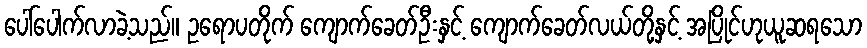
ပေါ်ပေါက်လာခဲ့သည်။ ဥရောပတိုက် ကျောက်ခေတ်ဦးနှင့် ကျောက်ခေတ်လယ်တို့နှင့် အပြိုင်ဟုယူဆရသော